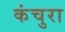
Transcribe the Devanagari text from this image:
कंचुरा